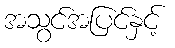
အသွင်အပြင်နှင့်